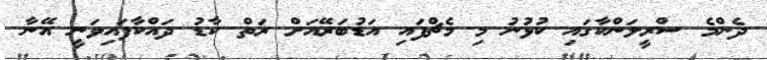
ދެންމެ ސްރީލަންކާގައި ކުޅުނު މި މެޗްފައި އަޑުބަރޭއަށް ރަތް ކާޑު ދައްކާފައިވަނީ އޭނާ